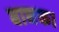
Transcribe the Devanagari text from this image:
बाधक।